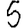
Digit: 5